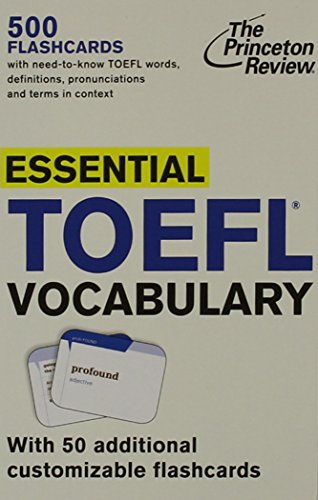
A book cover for Essential TOEFL Vocabulary (flashcards) (Test Preparation); Princeton Review; Test Preparation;